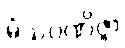
မံသဝဏိဇ္ဇာ